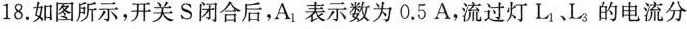
18.如图所示，开关S闭合后，A_{1}表示数为0.5A，流过灯L_{1}、L_{3}的电流分